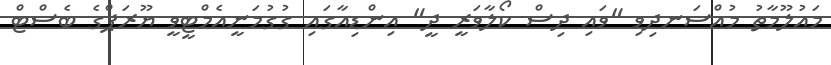
މައުލޫމާތު މުއްސަނދިވި "ވައި ދިސް ކޯލާވަރީ ދީ" އިންޑިއާގައި ގުގުމަނީއެމްޓީވީ ޔޫރަޕްގެ ބެސްޓް